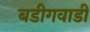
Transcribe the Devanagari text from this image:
बडीगवाडी